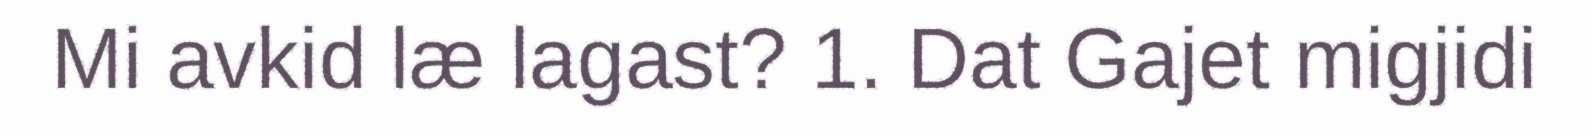
Mi avkid læ lagast? 1. Dat Gajet migjidi